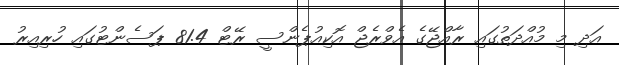
އަދި މި މުއްދަތުގައި ރާއްޖޭގެ އެވްރެޖް އޮކިއުޕެންސީ ރޭޓް 81.4 ޕަސެންޓުގައި ހުރިއިރު